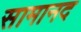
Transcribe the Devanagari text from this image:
सामानद